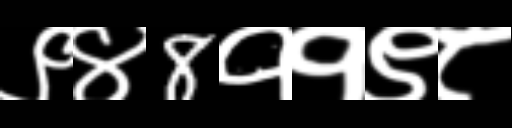
Text: ९४8११९८